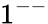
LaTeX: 1^{--}